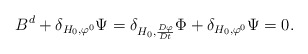
\begin{align*} B^d + \delta_{H_0,\varphi^0} \Psi = \delta_{H_0,\frac{D\varphi}{Dt}} \Phi + \delta_{H_0,\varphi^0} \Psi = 0.\end{align*}